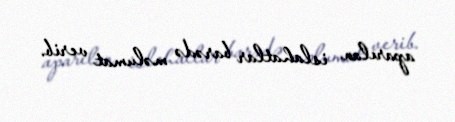
aparılan islahatlar barədə məlumat verib.